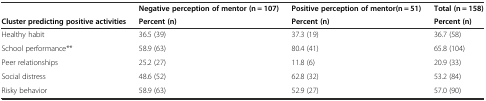
<table><thead><tr><td></td><td><b>Negative perception of mentor (n = 107)</b></td><td><b>Positive perception of mentor(n = 51)</b></td><td><b>Total (n = 158)</b></td></tr><tr><td><b>Cluster predicting positive activities</b></td><td><b>Percent (n)</b></td><td><b>Percent (n)</b></td><td><b>Percent (n)</b></td></tr></thead><tbody><tr><td>Healthy habit</td><td>36.5 (39)</td><td>37.3 (19)</td><td>36.7 (58)</td></tr><tr><td>School performance**</td><td>58.9 (63)</td><td>80.4 (41)</td><td>65.8 (104)</td></tr><tr><td>Peer relationships</td><td>25.2 (27)</td><td>11.8 (6)</td><td>20.9 (33)</td></tr><tr><td>Social distress</td><td>48.6 (52)</td><td>62.8 (32)</td><td>53.2 (84)</td></tr><tr><td>Risky behavior</td><td>58.9 (63)</td><td>52.9 (27)</td><td>57.0 (90)</td></tr></tbody></table>